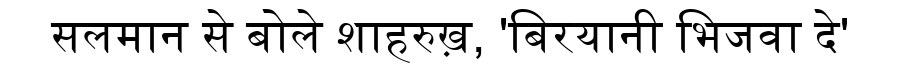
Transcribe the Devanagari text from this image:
सलमान से बोले शाहरुख़, 'बिरयानी भिजवा दे'